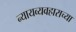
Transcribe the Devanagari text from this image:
न्यायव्यवहाराच्या